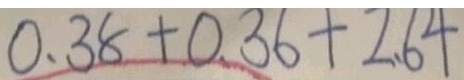
0 . 3 8 + 0 . 3 6 + 2 . 6 4